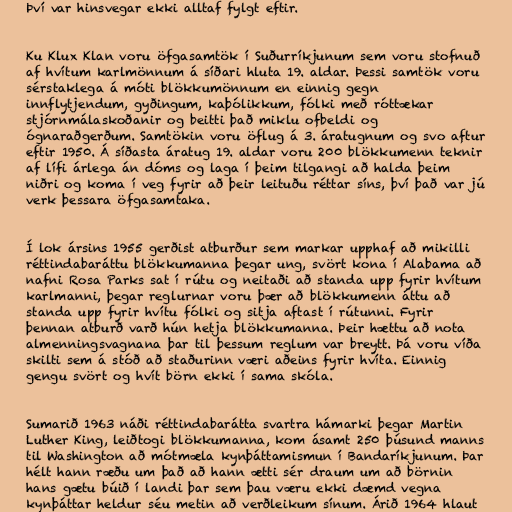
Því var hinsvegar ekki alltaf fylgt eftir.

Ku Klux Klan voru öfgasamtök í Suðurríkjunum sem voru stofnuð
af hvítum karlmönnum á síðari hluta 19. aldar. Þessi samtök voru
sérstaklega á móti blökkumönnum en einnig gegn
innflytjendum, gyðingum, kaþólikkum, fólki með róttækar
stjórnmálaskoðanir og beitti það miklu ofbeldi og
ógnaraðgerðum. Samtökin voru öflug á 3. áratugnum og svo aftur
eftir 1950. Á síðasta áratug 19. aldar voru 200 blökkumenn teknir
af lífi árlega án dóms og laga í þeim tilgangi að halda þeim
niðri og koma í veg fyrir að þeir leituðu réttar síns, því það var jú
verk þessara öfgasamtaka.

Í lok ársins 1955 gerðist atburður sem markar upphaf að mikilli
réttindabaráttu blökkumanna þegar ung, svört kona í Alabama að
nafni Rosa Parks sat í rútu og neitaði að standa upp fyrir hvítum
karlmanni, þegar reglurnar voru þær að blökkumenn áttu að
standa upp fyrir hvítu fólki og sitja aftast í rútunni. Fyrir
þennan atburð varð hún hetja blökkumanna. Þeir hættu að nota
almenningsvagnana þar til þessum reglum var breytt. Þá voru víða
skilti sem á stóð að staðurinn væri aðeins fyrir hvíta. Einnig
gengu svört og hvít börn ekki í sama skóla.

Sumarið 1963 náði réttindabarátta svartra hámarki þegar Martin
Luther King, leiðtogi blökkumanna, kom ásamt 250 þúsund manns
til Washington að mótmæla kynþáttamismun í Bandaríkjunum. Þar
hélt hann ræðu um það að hann ætti sér draum um að börnin
hans gætu búið í landi þar sem þau væru ekki dæmd vegna
kynþáttar heldur séu metin að verðleikum sínum. Árið 1964 hlaut